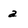
Character: a